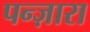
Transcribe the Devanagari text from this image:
पन्ज़ारा